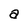
Character: a